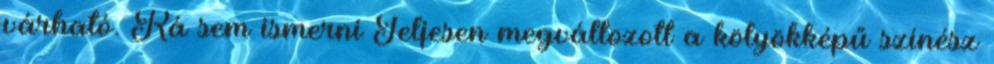
várható. Rá sem ismerni Teljesen megváltozott a kölyökképű színész